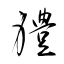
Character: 軆